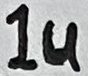
Text: 1u